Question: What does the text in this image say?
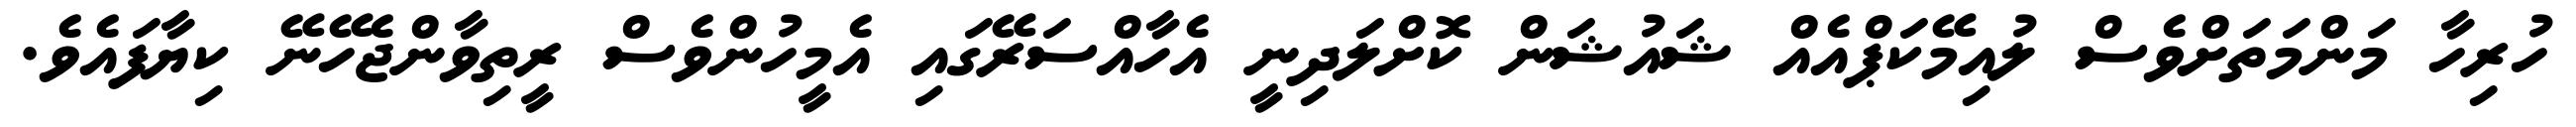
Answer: ހުރިހާ މަންމަތަށްވެސް ލުއިމޭކަޕްއެއް ޝައުޝަން ކޮށްލަދިނީ އެހާއްސަރޭގައި އެމީހުންވެސް ރީތިވާންޖެހޭނޭ ކިޔާފައެވެ.